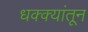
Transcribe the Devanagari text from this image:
धक्क्यांतून